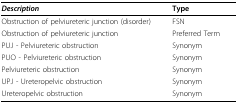
<table><thead><tr><td><b><i>Description</i></b></td><td><b>Type</b></td></tr></thead><tbody><tr><td>Obstruction of pelviureteric junction (disorder)</td><td>FSN</td></tr><tr><td>Obstruction of pelviureteric junction</td><td>Preferred Term</td></tr><tr><td>PUJ - Pelviureteric obstruction</td><td>Synonym</td></tr><tr><td>PUO - Pelviureteric obstruction</td><td>Synonym</td></tr><tr><td>Pelviureteric obstruction</td><td>Synonym</td></tr><tr><td>UPJ - Ureteropelvic obstruction</td><td>Synonym</td></tr><tr><td>Ureteropelvic obstruction</td><td>Synonym</td></tr></tbody></table>